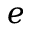
e